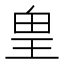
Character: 𰡸